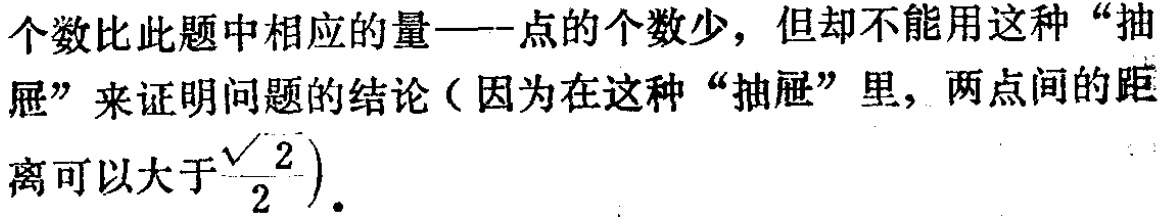
个数比此题中相应的量——点的个数少，但却不能用这种“抽屉”来证明问题的结论（因为在这种“抽屉”里，两点间的距离可以大于$\frac{\sqrt{2}}{2}$).